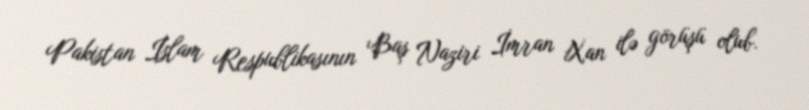
Pakistan İslam Respublikasının Baş Naziri İmran Xan ilə görüşü olub.